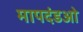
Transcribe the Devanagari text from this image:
मापदंडओ